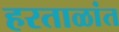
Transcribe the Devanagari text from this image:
हरताळांत